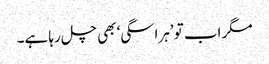
مگر اب تو ’ہراسگی‘ بھی چل رہا ہے۔